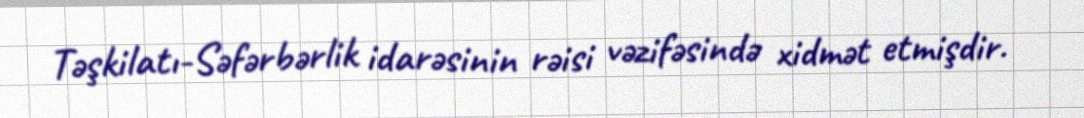
Təşkilatı-Səfərbərlik idarəsinin rəisi vəzifəsində xidmət etmişdir.